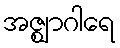
အဇ္ဈာဂါရေ